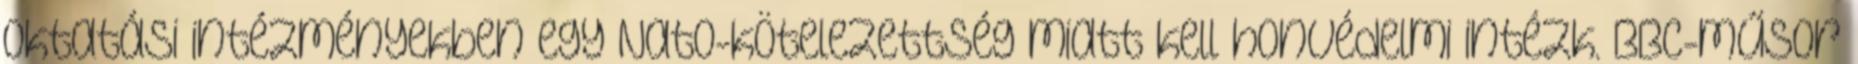
oktatási intézményekben egy Nato-kötelezettség miatt kell honvédelmi intézk. BBC-műsor